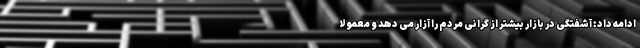
ادامه داد: آشفتگی در بازار بیشتر از گرانی مردم را آزار می دهد و معمولا